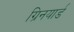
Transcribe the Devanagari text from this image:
ग्रिनयार्ड